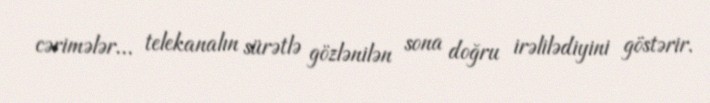
cərimələr... telekanalın sürətlə gözlənilən sona doğru irəlilədiyini göstərir.